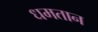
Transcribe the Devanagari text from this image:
धमतान